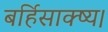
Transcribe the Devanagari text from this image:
बर्हिसाक्ष्य।